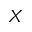
X